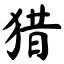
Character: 猎